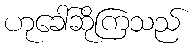
ဟုခေါ်ဆိုကြသည်